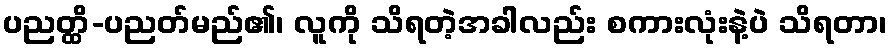
ပညတ္ထိ-ပညတ်မည်၏၊ လူကို သိရတဲ့အခါလည်း စကားလုံးနဲ့ပဲ သိရတာ၊